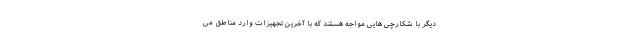
دیگر با شکارچی هایی مواجه هستند که با آخرین تجهیزات وارد مناطق می